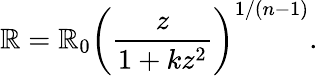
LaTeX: \mathbb{R}=\mathbb{R}_{0}\left(\frac{z}{{1+kz^{2}}}\right)^{1/(n-1)}.